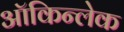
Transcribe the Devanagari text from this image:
ऑकिन्लेक